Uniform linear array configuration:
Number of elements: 4
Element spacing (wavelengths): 1
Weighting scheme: kaiser
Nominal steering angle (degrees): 45
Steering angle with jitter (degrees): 44.798
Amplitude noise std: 0.05
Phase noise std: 0.05

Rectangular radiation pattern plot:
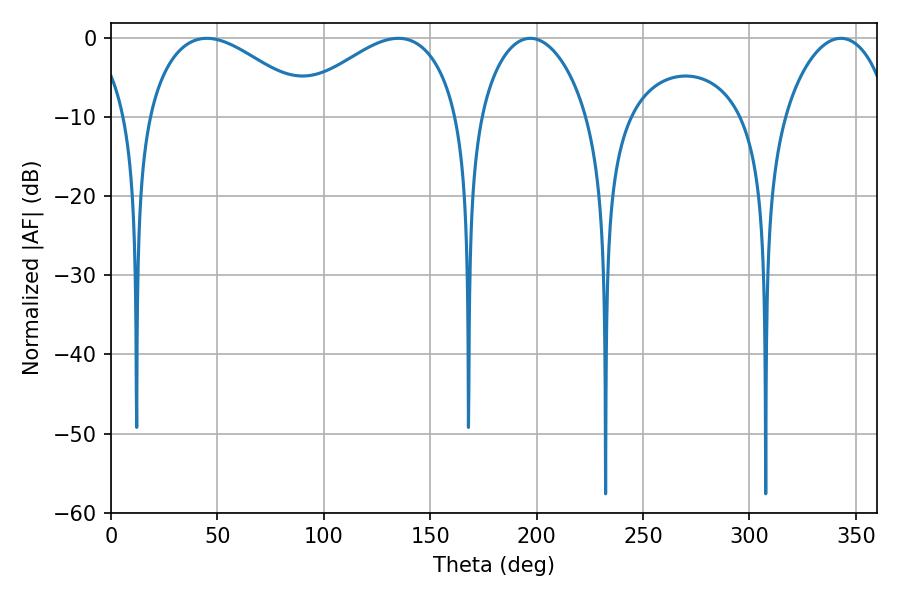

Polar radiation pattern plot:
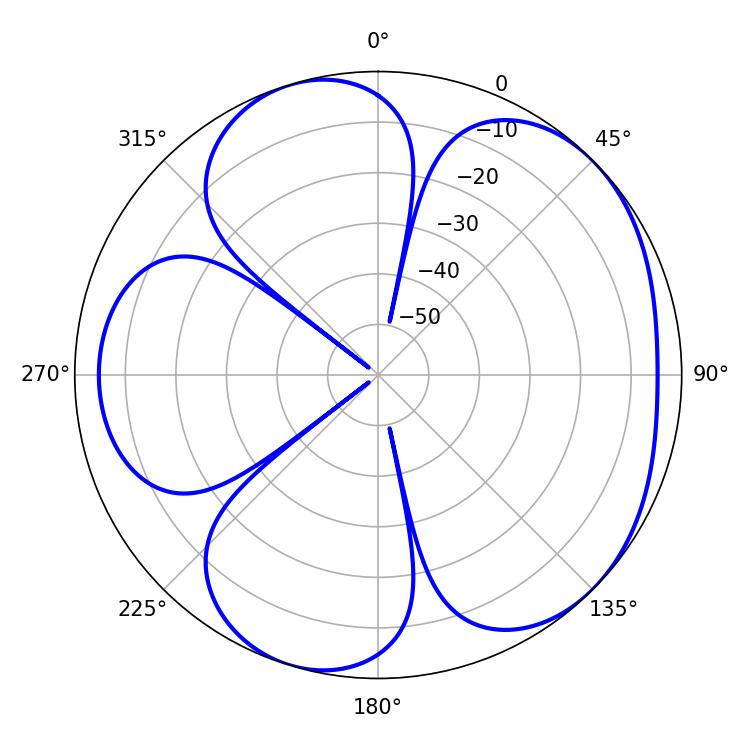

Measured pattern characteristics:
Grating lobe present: TRUE
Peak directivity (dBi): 4.994
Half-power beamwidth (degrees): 42.84
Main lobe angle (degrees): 45